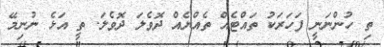
ތި ހުންނަނީ ފަހަރަކު ތައްޓެއް ތެއްޔެއް ދޮވެލަ ދޮވެލަ. ތީ އަޅެ ނުނިމޭ